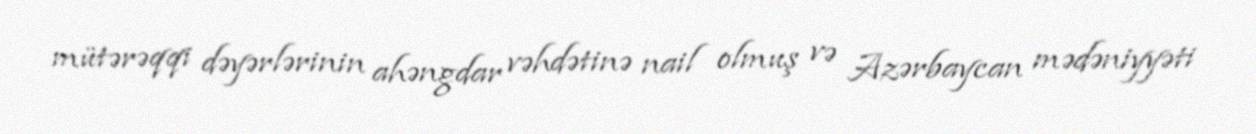
mütərəqqi dəyərlərinin ahəngdar vəhdətinə nail olmuş və Azərbaycan mədəniyyəti